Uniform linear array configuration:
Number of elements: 8
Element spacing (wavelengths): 1
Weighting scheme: cosine
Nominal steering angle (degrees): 0
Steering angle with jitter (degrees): -0.5738
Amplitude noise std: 0.05
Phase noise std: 0.05

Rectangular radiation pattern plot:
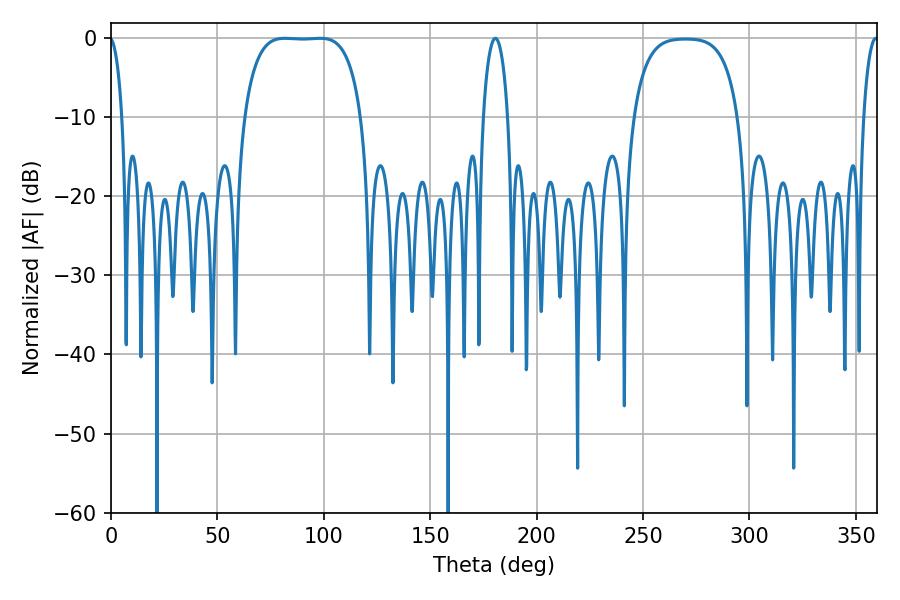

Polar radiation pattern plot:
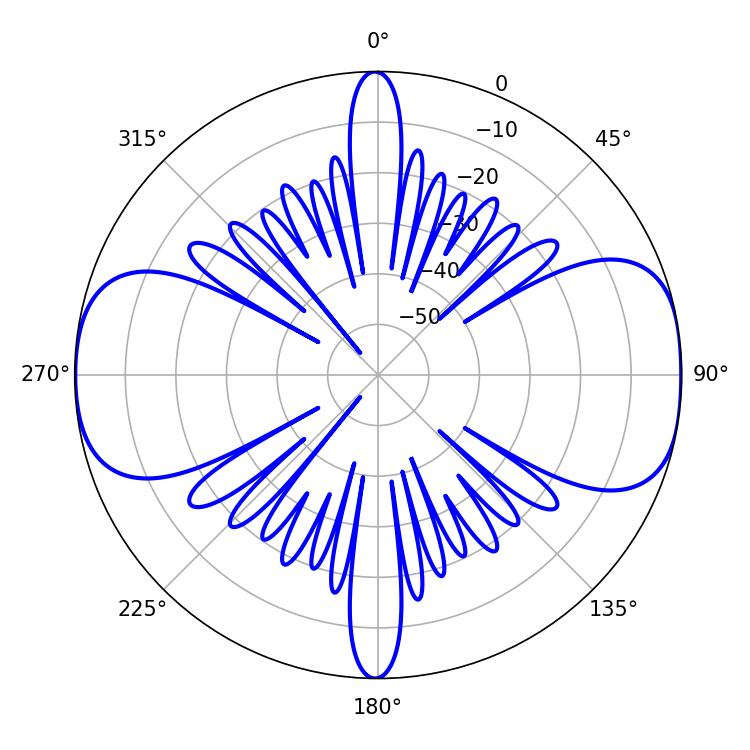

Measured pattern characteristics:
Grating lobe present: TRUE
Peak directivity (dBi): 11.907
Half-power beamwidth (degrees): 42.84
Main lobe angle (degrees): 81.72